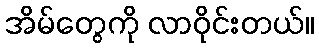
အိမ်တွေကို လာဝိုင်းတယ်။